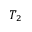
T _ { 2 }